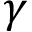
\gamma